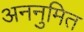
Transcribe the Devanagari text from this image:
अननुमित